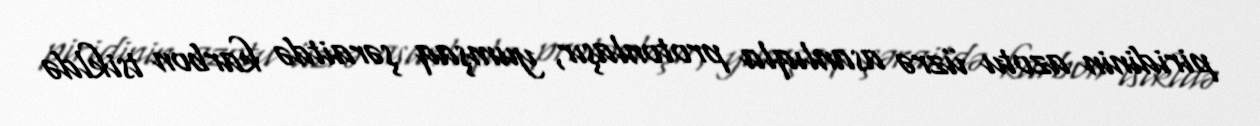
piridinin azotu üzrə asanlıqla protonlaşır, yumşaq şəraitdə karbon tsikldə